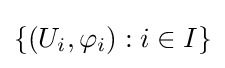
\left\{\left(U_{i},\varphi _{i}\right):i\in I\right\}